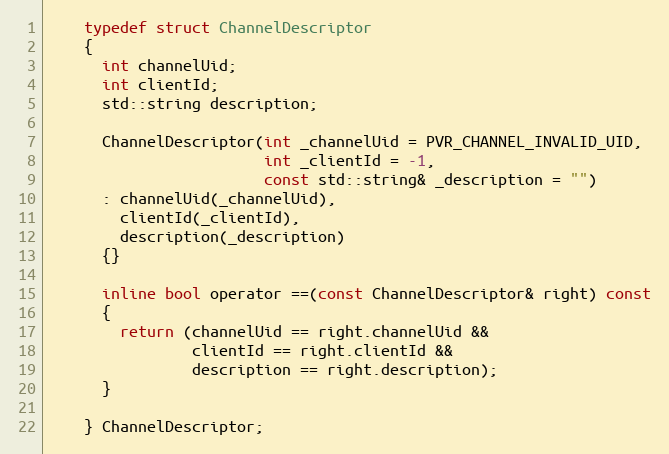
Language: C
    typedef struct ChannelDescriptor
    {
      int channelUid;
      int clientId;
      std::string description;

      ChannelDescriptor(int _channelUid = PVR_CHANNEL_INVALID_UID,
                        int _clientId = -1,
                        const std::string& _description = "")
      : channelUid(_channelUid),
        clientId(_clientId),
        description(_description)
      {}

      inline bool operator ==(const ChannelDescriptor& right) const
      {
        return (channelUid == right.channelUid &&
                clientId == right.clientId &&
                description == right.description);
      }

    } ChannelDescriptor;